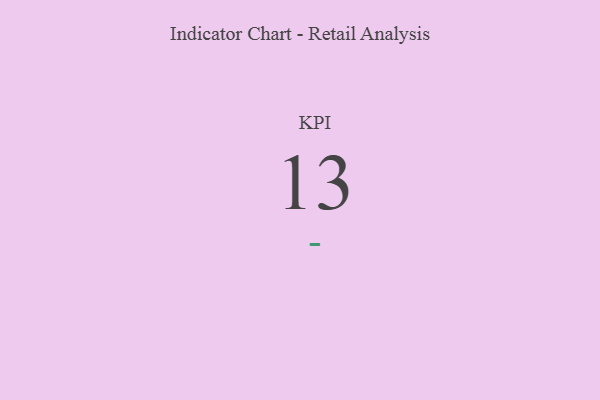
{"axis": {"x": "KPI", "y": "Value"}, "legend": [""], "data": [{"x": "KPI", "y": 13, "type": ""}]}